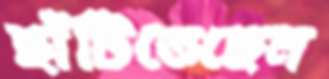
ছাঁটিতেছেন